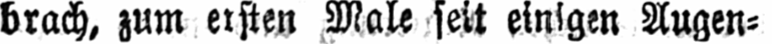
brach, zum ersten Male seit einigen Augen⸗